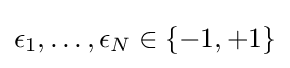
\epsilon _{1},\dots ,\epsilon _{N}\in \{-1,+1\}